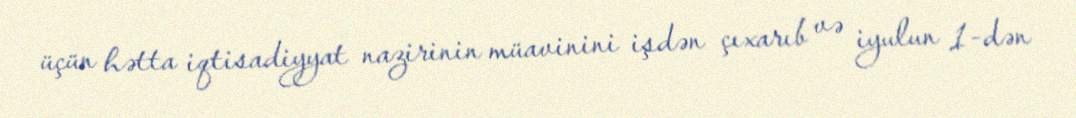
üçün hətta iqtisadiyyat nazirinin müavinini işdən çıxarıb və iyulun 1-dən